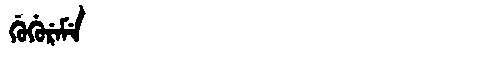
Manchu: ᡤᡠᡤᡠᡵᡝᠮᡝ
Romanization: GUGUREME